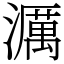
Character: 濿